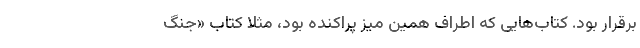
برقرار بود. کتاب‌هایی که اطراف همین میز پراکنده بود، مثلا کتاب «جنگ